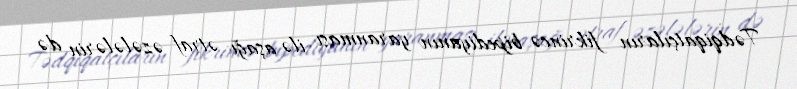
Tədqiqatçıların fikrincə bipediyanın yaranması ilə aşağı ətraf əzələlərin də